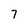
Character: 7